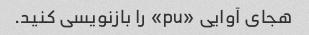
هجای آوایی «pu» را بازنویسی کنید.